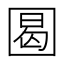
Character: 𡇼